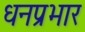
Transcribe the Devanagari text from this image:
धनप्रभार